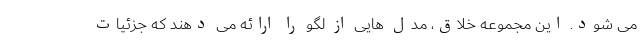
می شود. این مجموعه خلاق، مدل هایی از لگو را ارائه می دهند که جزئیات